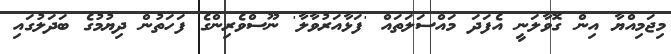
މިޖަމިއްޔާ އިން ގޮވާލަނީ އެފަދަ މައްސަލަތައް 'ފަޅާއަރުވާލާ' ނޫސްވެރިންގެ ފަހަތުން ދިޔުމުގެ ބަދަލުގައި